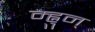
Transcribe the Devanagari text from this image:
म्ह्नुन्